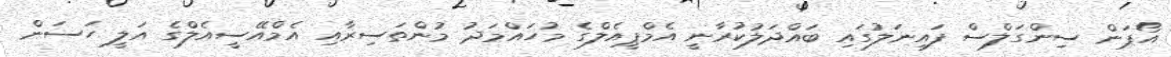
އޯޕަން ސިންގަލްސް ފައިނަލުގައި ބައްދަލުކުރާނީ އެމްޕީއެލްގެ މުހައްމަދު މުންތަސިރާއި އެމްއޭސީއެލްގެ އަލީ ހަސަން